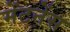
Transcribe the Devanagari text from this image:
मेंटनेंस